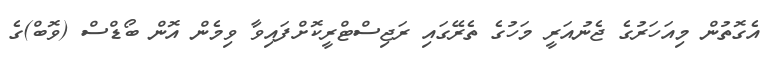
އެގޮތުން މިއަހަރުގެ ޖެނުއަރީ މަހުގެ ތެރޭގައި ރަޖިސްޓްރީކޮށްފައިވާ ވިމެން އޮން ބޯޑްސް (ވޮބް)ގެ